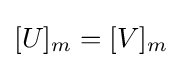
[U]_{m}=[V]_{m}